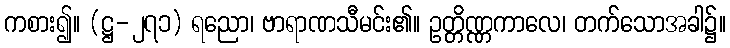
ကစား၍။ (ဋ္ဌ-၂၇၁) ရညော၊ ဗာရာဏသီမင်း၏။ ဥတ္တိဏ္ဏကာလေ၊ တက်သောအခါ၌။